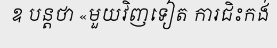
ឧ បន្តថា «មួយវិញទៀត ការជិះកង់